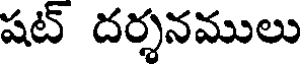
షట్ దర్శనములు